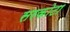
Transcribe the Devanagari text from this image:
सरकोटा